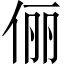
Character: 俪